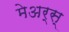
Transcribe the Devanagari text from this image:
मेअर्स्